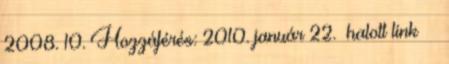
2008. 10. Hozzáférés: 2010. január 22. halott link ↑